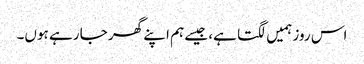
اس روز ہمیں لگتا ہے، جیسے ہم اپنے گھر جا رہے ہوں۔